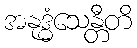
အနုဒ္ဓံသေန္တီတိ